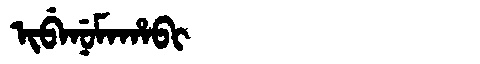
Manchu: ᡳᠪᡝᠨᡠᠮᠠᡥᠠᠪᡳ
Romanization: IBENUMAHABI